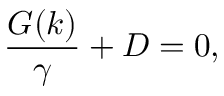
\frac { G ( k ) } { \gamma } + D = 0 ,